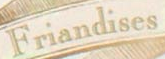
Friandises